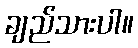
ချည်သားပါ။